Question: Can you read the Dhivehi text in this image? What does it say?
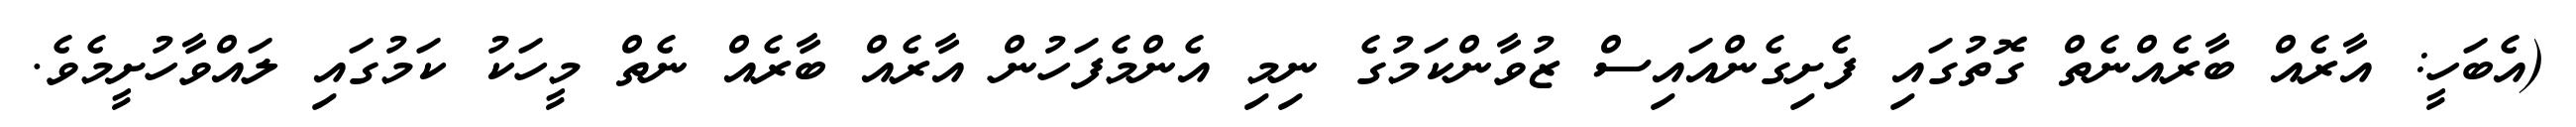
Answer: (އެބަހީ: އާރެއް ބާރެއްނެތް ގޮތުގައި ފެށިގެންއައިސް ޒުވާންކަމުގެ ނިމި އެންމެފަހުން އާރެއް ބާރެއް ނެތް މީހަކު ކަމުގައި ލައްވާހުށީމެވެ.